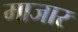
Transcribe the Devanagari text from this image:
माजार